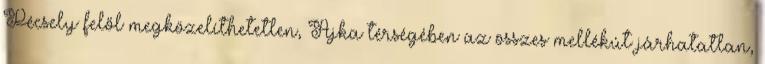
Pécsely felől megközelíthetetlen, Ajka térségében az összes mellékút járhatatlan,